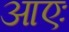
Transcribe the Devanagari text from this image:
आएः